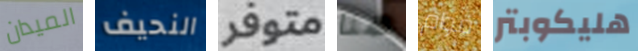
الميدان النحيف متوفر هنا قوام هليكوبتر